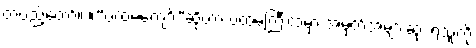
တပည့်တော်။ ။“ပထမကျော်”ဆိုတာ ပထမကြီးထဲမှာ အမှတ်အများဆုံး ရသူကို